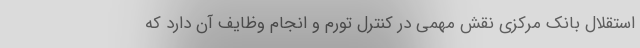
استقلال بانک مرکزی نقش مهمی در کنترل تورم و انجام وظایف آن دارد که